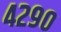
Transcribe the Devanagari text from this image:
४२९०